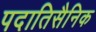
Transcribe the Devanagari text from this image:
पदातिसैनिक